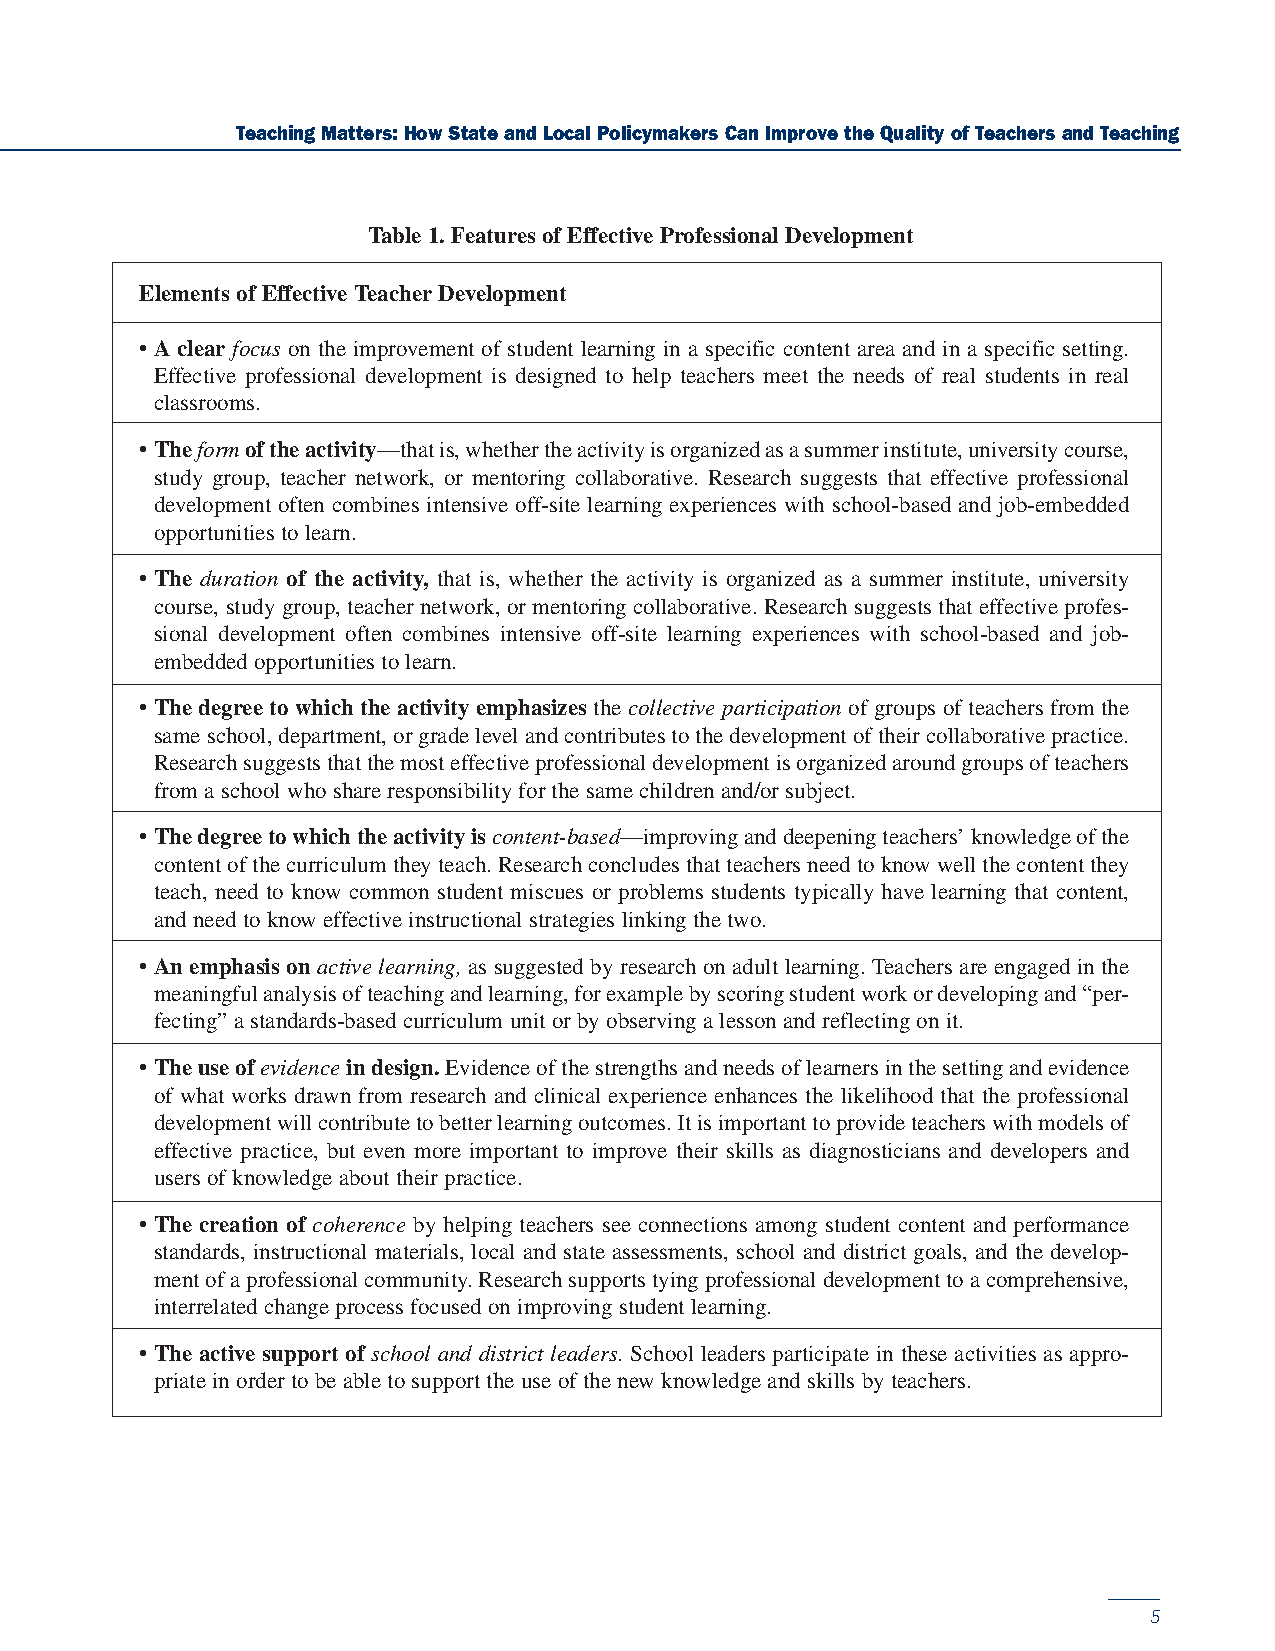
Teaching Matters: How State and Local Policymakers Can Improve the Quality of Teachers and Teaching
 Table 1. Features of Effective Professional Development
 Elements of Effective Teacher Development
 • A clear focus on the improvement of student learning in a specific content area and in a specific setting.
 Effective professional development is designed to help teachers meet the needs of real students in real
 classrooms.
 • The formof the activity—that is, whether the activity is organized as a summer institute, university course,
 study group, teacher network, or mentoring collaborative. Research suggests that effective professional
 development often combines intensive off-site learning experiences with school-based and job-embedded
 opportunities to learn.
 • The duration of the activity, that is, whether the activity is organized as a summer institute, university
 course, study group, teacher network, or mentoring collaborative. Research suggests that effective profes-
 sional development often combines intensive off-site learning experiences with school-based and job-
 embedded opportunities to learn.
 • The degree to which the activity emphasizes the collective participation of groups of teachers from the
 same school, department, or grade level and contributes to the development of their collaborative practice.
 Research suggests that the most effective professional development is organized around groups of teachers
 from a school who share responsibility for the same children and/or subject.
 • The degree to which the activity iscontent-based—improving and deepening teachers’ knowledge of the
 content of the curriculum they teach. Research concludes that teachers need to know well the content they
 teach, need to know common student miscues or problems students typically have learning that content,
 and need to know effective instructional strategies linking the two.
 • An emphasis on active learning, as suggested by research on adult learning. Teachers are engaged in the
 meaningful analysis of teaching and learning, for example by scoring student work or developing and “per-
 fecting” a standards-based curriculum unit or by observing a lesson and reflecting on it.
 • The use of evidencein design.Evidence of the strengths and needs of learners in the setting and evidence
 of what works drawn from research and clinical experience enhances the likelihood that the professional
 development will contribute to better learning outcomes. It is important to provide teachers with models of
 effective practice, but even more important to improve their skills as diagnosticians and developers and
 users of knowledge about their practice.
 • The creation of coherence by helping teachers see connections among student content and performance
 standards, instructional materials, local and state assessments, school and district goals, and the develop-
 ment of a professional community. Research supports tying professional development to a comprehensive,
 interrelated change process focused on improving student learning.
 • The active support of school and district leaders. School leaders participate in these activities as appro-
 priate in order to be able to support the use of the new knowledge and skills by teachers.
 5